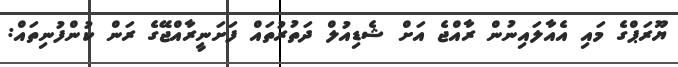
ޔޫރަޕްގެ މައި އެއާލައިނުން ރާއްޖެ އަށް ޝެޑިއުލް ދަތުރުތައް ފަށަނީރާއްޖޭގެ ރަން ކުންފުނިތައް: